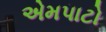
એમપાટો